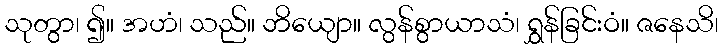
သုတွာ၊ ၍။ အဟံ၊ သည်။ ဘိယျော။ လွန်စွာယာသံ၊ ရွှန်ခြင်းဝံ။ ဇနေသိ၊